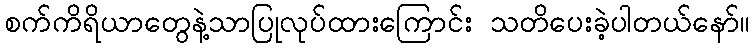
စက်ကိရိယာတွေနဲ့သာပြုလုပ်ထားကြောင်း သတိပေးခဲ့ပါတယ်နော်။